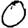
Digit: 0